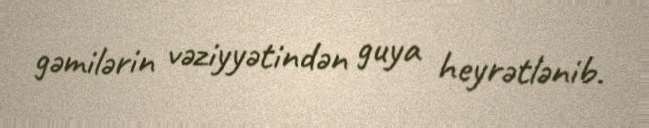
gəmilərin vəziyyətindən guya heyrətlənib.